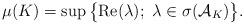
LaTeX: \begin{align*}\mu(K)= \sup \big\{{\rm Re}(\lambda);\ \lambda \in \sigma({\mathcal A}_K) \big\}.\end{align*}